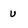
Character: u